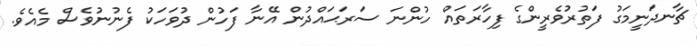
ޗާނދަނީމަގު ފަތުރުވެރީންގެ ފިހާރަތައް ހުންނަ ސަރަޙައްދުން އޭނާ ފަހުން ދުވަހަކު ފެނުނުވެސް މެއެވެ.